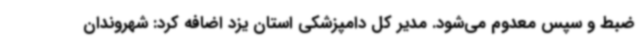
ضبط و سپس معدوم می‌شود. مدیر کل دامپزشکی استان یزد اضافه کرد: شهروندان